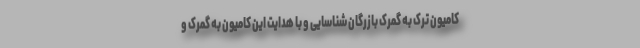
کامیون ترک به گمرک بازرگان شناسایی و با هدایت این کامیون به گمرک و